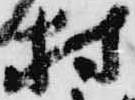
村